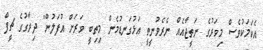
އެކަމަކުވެސް މިވަރުގެ ނަތީޖާއެއް ނެރެވުނީތީ އަޅުގަނޑުމެން މިތިބީ ވަރަށް އުފަލުން" ދިރާގުގެ ޗީފް